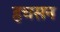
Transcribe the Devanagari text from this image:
हचसन